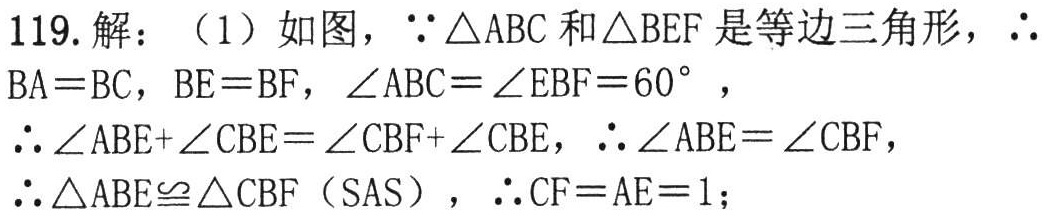
119. 解：（1）如图，\(\because \triangle ABC\)和\(\triangle BEF\)是等边三角形，\(\therefore BA = BC\)，\(BE = BF\)，\(\angle ABC=\angle EBF = 60^{\circ}\)，

\(\therefore \angle ABE+\angle CBE=\angle CBF+\angle CBE\)，\(\therefore \angle ABE=\angle CBF\)，

\(\therefore \triangle ABE\cong\triangle CBF\)（SAS），\(\therefore CF = AE = 1\)；